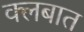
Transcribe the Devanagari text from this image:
क्‍लबात